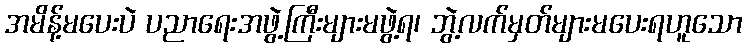
အမိန့်မပေးပဲ ပညာရေးအဖွဲ့ကြီးများမဖွဲ့ရ၊ ဘွဲ့လက်မှတ်များမပေးရဟူသော